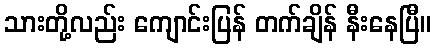
သားတို့လည်း ကျောင်းပြန် တက်ချိန် နီးနေပြီ။